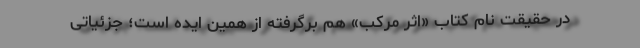
در حقیقت نام کتاب «اثر مرکب» هم برگرفته از همین ایده است؛ جزئیاتی